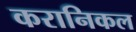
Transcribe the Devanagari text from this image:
करानिकल